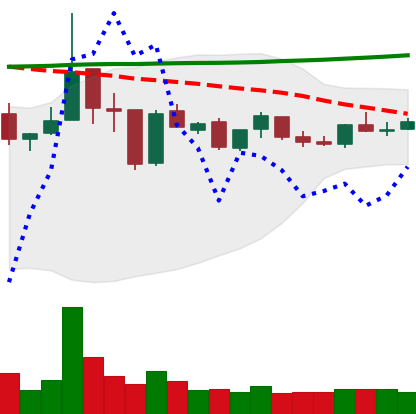
Ticker: XRP-USD
Chart end date: 2019-01-09
Forward return: -10.009%
Label: down_7plus